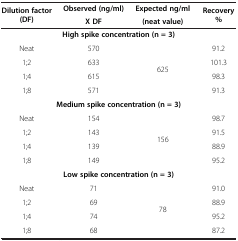
<table><thead><tr><td rowspan="2"><b>Dilution factor (DF)</b></td><td><b>Observed (ng/ml)</b></td><td><b>Expected ng/ml</b></td><td rowspan="2"><b>Recovery %</b></td></tr><tr><td><b>X DF</b></td><td><b>(neat value)</b></td></tr></thead><tbody><tr><td colspan="4"><b>High spike concentration (n = 3)</b></td></tr><tr><td>Neat</td><td>570</td><td rowspan="4">625</td><td>91.2</td></tr><tr><td>1;2</td><td>633</td><td>101.3</td></tr><tr><td>1;4</td><td>615</td><td>98.3</td></tr><tr><td>1;8</td><td>571</td><td>91.3</td></tr><tr><td colspan="4"><b>Medium spike concentration (n = 3)</b></td></tr><tr><td>Neat</td><td>154</td><td rowspan="4">156</td><td>98.7</td></tr><tr><td>1;2</td><td>143</td><td>91.5</td></tr><tr><td>1;4</td><td>139</td><td>88.9</td></tr><tr><td>1;8</td><td>149</td><td>95.2</td></tr><tr><td colspan="4"><b>Low spike concentration (n = 3)</b></td></tr><tr><td>Neat</td><td>71</td><td rowspan="4">78</td><td>91.0</td></tr><tr><td>1;2</td><td>69</td><td>88.9</td></tr><tr><td>1;4</td><td>74</td><td>95.2</td></tr><tr><td>1;8</td><td>68</td><td>87.2</td></tr></tbody></table>